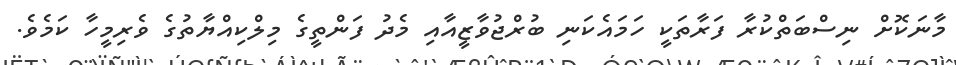
މާނަކޮށް ނިސްބަތްކުރާ ފަރާތަކީ ހަމައެކަނި ބުރްޖުވާޒީއާއި މެދު ފަންތީގެ މިލްކިއްޔާތުގެ ވެރިމީހާ ކަމެވެ.